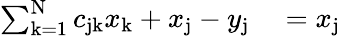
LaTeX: \begin{array}{rl}{\sum_{\mathrm{k=1}}^{\mathrm{N}}c_{\mathrm{jk}}x_{\mathrm{k}}+x_{\mathrm{j}}-y_{\mathrm{j}}}&{{}=x_{\mathrm{j}}}\end{array}